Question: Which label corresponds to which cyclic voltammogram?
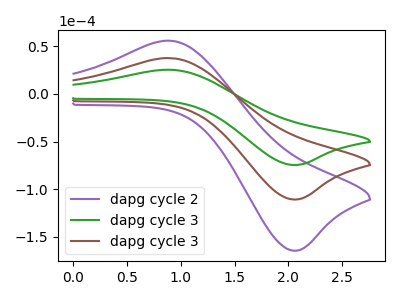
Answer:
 <answer>The purple curve is labeled "dapg cycle 2". The green curve is labeled "dapg cycle 3". The brown curve is labeled "dapg cycle 3".</answer>
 <eval></eval>